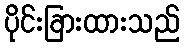
ပိုင်းခြားထားသည်